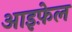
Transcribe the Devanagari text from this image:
आइफ़ेल